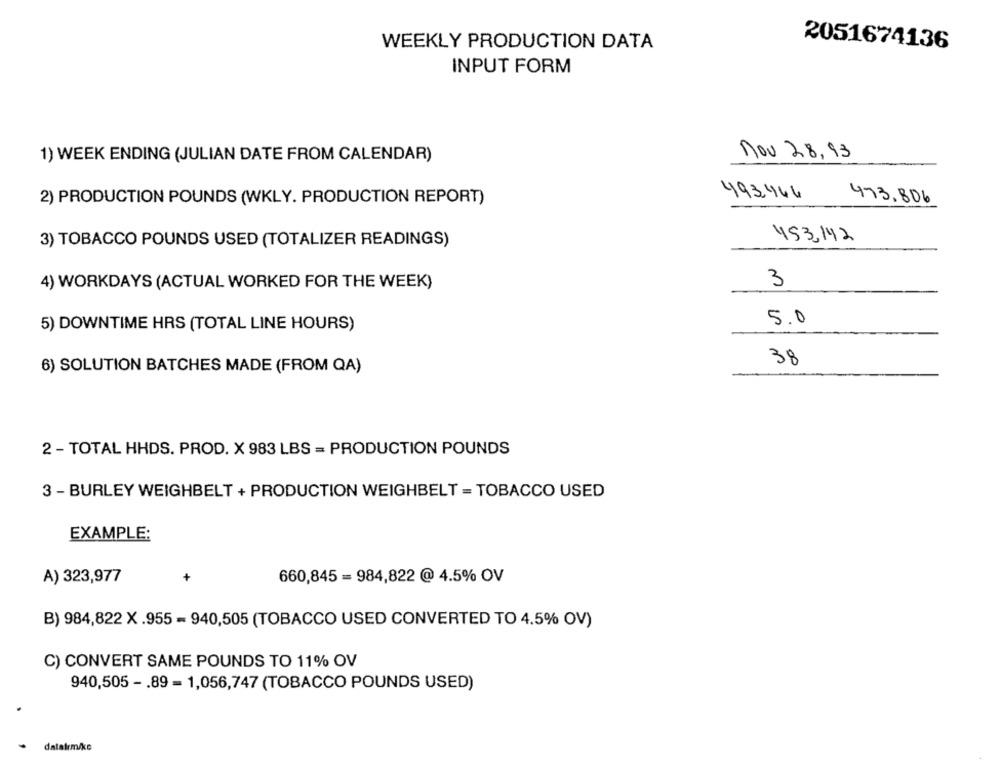
WEEKLY PRODUCTION DATA
2051674136
INPUT FORM
1) WEEK ENDING (JULIAN DATE FROM CALENDAR)
nov 28.93
493466 473, 806
2) PRODUCTION POUNDS (WKLY. PRODUCTION REPORT)
453,142
3) TOBACCO POUNDS USED (TOTALIZER READINGS)
4) WORKDAYS (ACTUAL WORKED FOR THE WEEK)
3
5.0
5) DOWNTIME HRS (TOTAL LINE HOURS)
38
6) SOLUTION BATCHES MADE (FROM QA)
2 - TOTAL HHDS. PROD. X 983 LBS = PRODUCTION POUNDS
3 - BURLEY WEIGHBELT + PRODUCTION WEIGHBELT = TOBACCO USED
EXAMPLE:
+
A) 323,977
660,845 = 984,822 @ 4.5% OV
B) 984,822 X .955 - 940,505 (TOBACCO USED CONVERTED TO 4.5% OV)
C) CONVERT SAME POUNDS TO 11% OV
940,505 - . 89 = 1,056,747 (TOBACCO POUNDS USED)
datalrm/ke